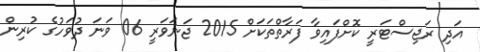
އަދި ރަޖިސްޓަރީ ކޮށްފައިވާ ފަރާތްތަކަށްް 2015 ޖަނަވަރީ 06 ވަނަ ދުވަހުގެ ކުރިން